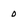
Character: 0